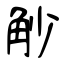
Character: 觘